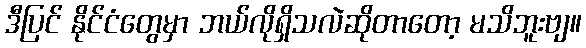
ဒီပြင် နိုင်ငံတွေမှာ ဘယ်လိုရှိသလဲဆိုတာတော့ မသိဘူးဗျ။